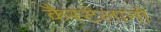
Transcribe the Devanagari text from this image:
कैस्टेलानो